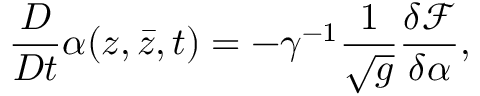
\frac { D } { D t } \alpha ( z , { \bar { z } } , t ) = - \gamma ^ { - 1 } \frac { 1 } { \sqrt { g } } \frac { \delta \mathcal F } { \delta \alpha } ,